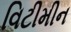
વિટીમીન